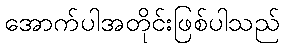
အောက်ပါအတိုင်းဖြစ်ပါသည်